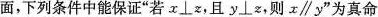
面，下列条件中能保证”若x\perp z，且y